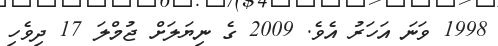
1998 ވަނަ އަހަރު އެވެ. 2009 ގެ ނިޔަލަށް ޖުމްލަ 17 ދިވެހި